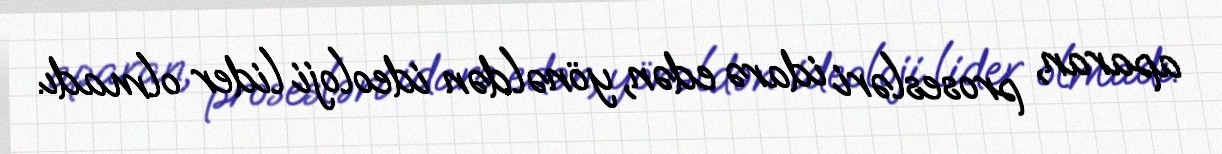
aparan, prosesləri idarə edən, yönəldən ideoloji lider olmadı.